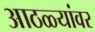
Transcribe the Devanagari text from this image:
आठळ्यांवर